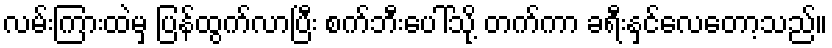
လမ်းကြားထဲမှ ပြန်ထွက်လာပြီး စက်ဘီးပေါ်သို့ တက်ကာ ခရီးနှင်လေတော့သည်။